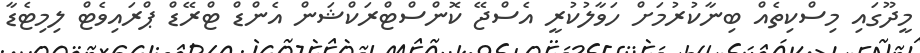
މީދޫގައި މިސްކިތެއް ބިނާކުރުމަށް ހަވާލުކުރީ އެސްޖޭ ކޮންސްޓްރަކްޝަން އެންޑް ޓްރޭޑް ޕްރައިވެޓް ލިމިޓެޑާ